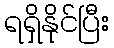
ရရှိနိုင်ပြီး